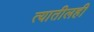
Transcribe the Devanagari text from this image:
त्यातीलही